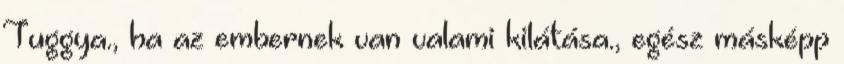
Tuggya., ha az embernek van valami kilátása., egész másképp